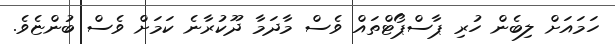
ހަމައަށް ލިބެން ހުރި ޕާސްޕޯޓްތައް ވެސް މާދަމާ ދޫކުރާނެ ކަމަށް ވެސް ބުންޏެވެ.